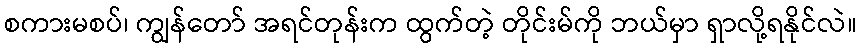
စကားမစပ်၊ ကျွန်တော် အရင်တုန်းက ထွက်တဲ့ တိုင်းမ်ကို ဘယ်မှာ ရှာလို့ရနိုင်လဲ။